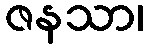
ဇနသာ၊